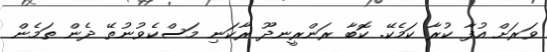
ވަރަށް އުފާ ކުރާ ކަމެކޭ. ކޮބާ ރަންރީނދޫ ރާކަނި މަސްކެވުނުތޭ ދެން ތަމެން